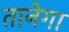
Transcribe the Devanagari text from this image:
तानेगा